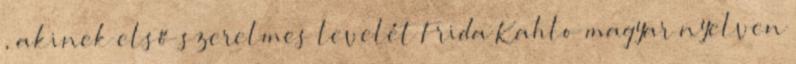
, akinek első szerelmes levelét Frida Kahlo magyar nyelven